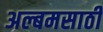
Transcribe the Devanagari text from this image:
अल्बमसाठी